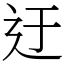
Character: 迂